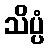
သိပ္ပံ